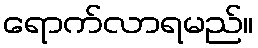
ရောက်လာရမည်။